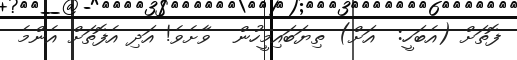
ފޮތަށް (އެބަހީ:  އަށް) ތިޔަބައިމީހުން  ވާށެވެ! އަދި އެފޮތަށް އެންމެ